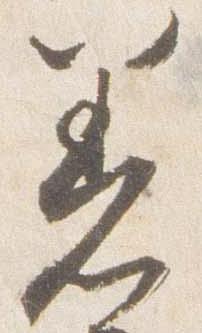
着